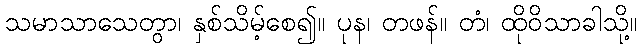
သမာသာသေတွာ၊ နှစ်သိမ့်စေ၍။ ပုန၊ တဖန်။ တံ၊ ထိုဝိသာခါသို့။